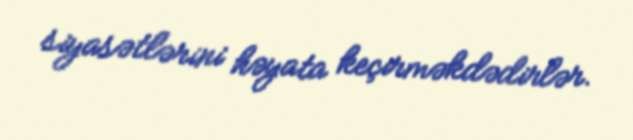
siyasətlərini həyata keçirməkdədirlər.